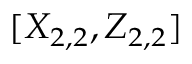
[ X _ { 2 , 2 } , Z _ { 2 , 2 } ]